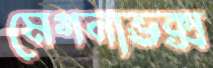
মেগনাভক্স